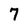
Character: 7